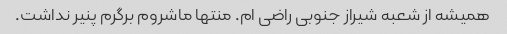
همیشه از شعبه شیراز جنوبی راضی ام. منتها ماشروم برگرم پنیر نداشت.